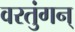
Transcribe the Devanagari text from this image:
वरतुंगन्